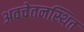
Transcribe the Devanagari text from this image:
अवचेतनस्थित